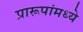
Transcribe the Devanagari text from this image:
प्रारूपांमध्ये